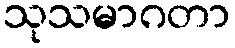
သုသမာဂတာ